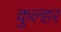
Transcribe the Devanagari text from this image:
कुल्हर